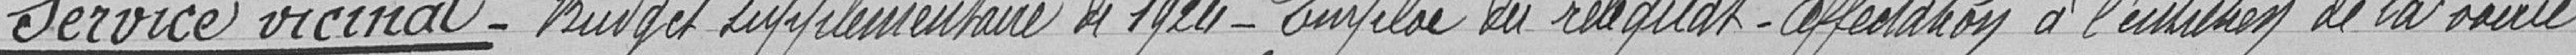
Service vicinal-Budget supplémentaire de 1924-Emploi du reliquat-Affectation à l'unanimité de la voirie